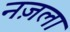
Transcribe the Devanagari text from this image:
नज़ला